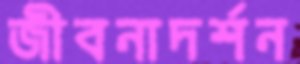
জীবনাদর্শন